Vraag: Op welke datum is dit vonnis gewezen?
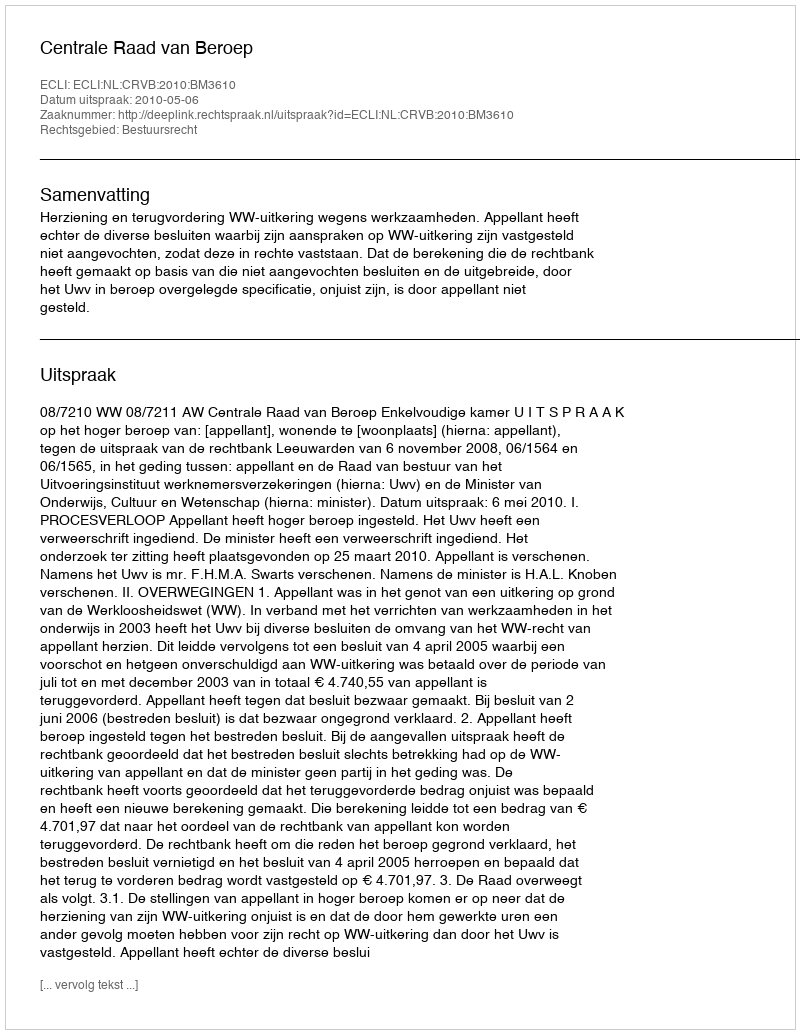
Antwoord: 2010-05-06